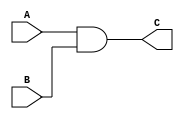
module and2m
	(input A, B,
	output reg C);

	always @(A, B) begin
		C = A & B;
	end
endmodule